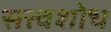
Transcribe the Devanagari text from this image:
सत्त्वशोध